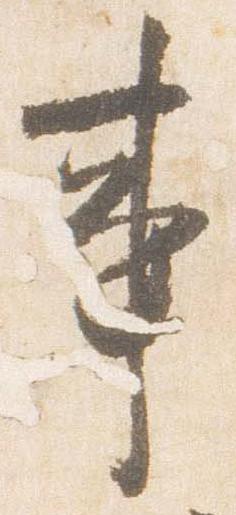
事